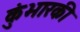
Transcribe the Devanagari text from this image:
कुंभारकी